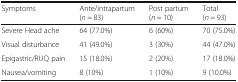
| Symptoms | Ante/intrapartum(n = 83) | Post partum(n = 10) | Total(n = 93) |
 | --- | --- | --- | --- |
 | Severe Head ache | 64 (77.0%) | 6 (60%) | 70 (75.0%) |
 | Visual disturbance | 41 (49.0%) | 3 (30%) | 44 (47.0%) |
 | Epigastric/RUQ pain | 15 (18.0%) | 2 (20%) | 17 (18.0%) |
 | Nausea/vomiting | 8 (10%) | 1 (10%) | 9 (10.0%) |